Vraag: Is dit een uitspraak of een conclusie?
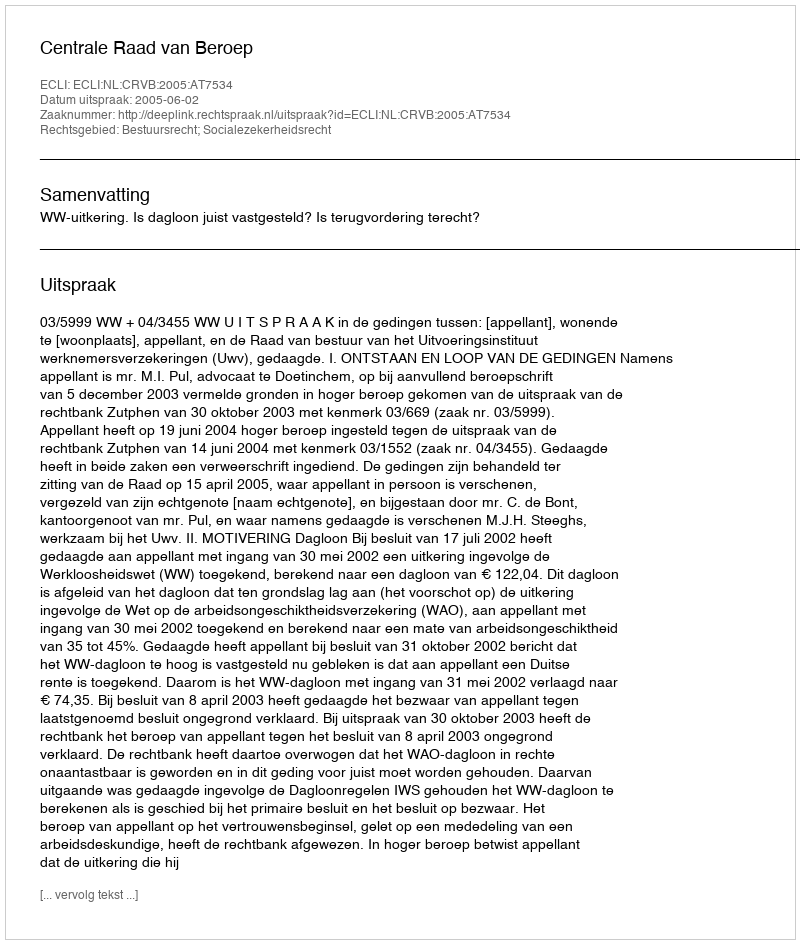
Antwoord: Uitspraak